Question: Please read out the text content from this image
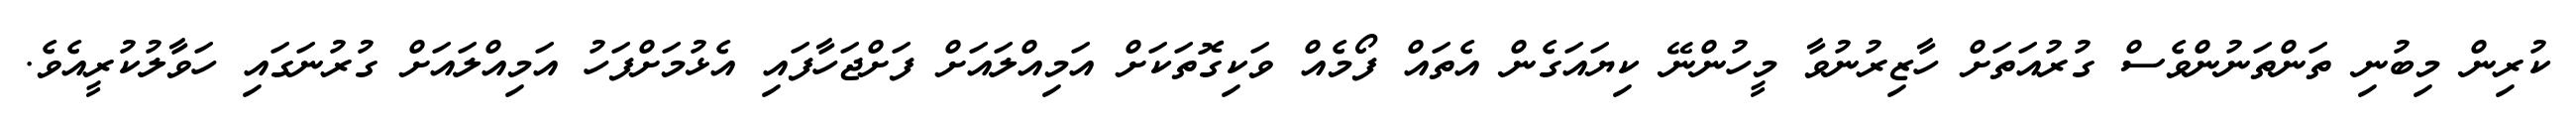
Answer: ކުރިން މިބުނި ތަންތަނުންވެސް ގުރުއަތަށް ހާޒިރުނުވާ މީހުންނޭ ކިޔައަގެން އެތައް ފޯމެއް ވަކިގޮތަކަށް އަމިއްލައަށް ފަށްޖަހާފައި އެޅުމަށްފަހު އަމިއްލައަށް ގުރުނަގައި ހަވާލުކުރީއެވެ.